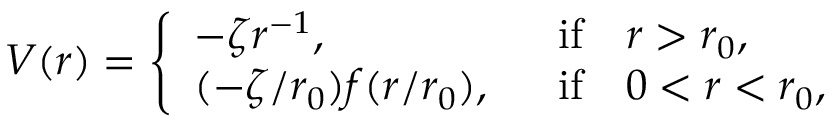
V ( r ) = \left\{ \begin{array} { l l } { { - \zeta r ^ { - 1 } , ~ ~ } } & { { \mathrm { i f } ~ ~ ~ r > r _ { 0 } , } } \\ { { ( - \zeta / r _ { 0 } ) f ( r / r _ { 0 } ) , ~ ~ } } & { { \mathrm { i f } ~ ~ ~ 0 < r < r _ { 0 } , } } \end{array} \right.